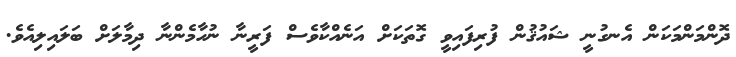
ދޮންމަންމަކަން އެނގުނީ ޝައުޤުން ފުރިފައިވީ ގޮތަކަށް އަނެއްކާވެސް ފަރީނާ ނުހާމެންނާ ދިމާލަށް ބަލައިލިއެވެ.